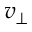
v _ { \perp }